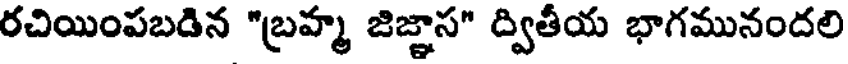
రచియింపబడిన "బ్రహ్మ జిజ్ఞాస" ద్వితీయ భాగమునందలి